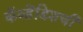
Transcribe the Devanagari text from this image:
कॅव्हेंडिशची